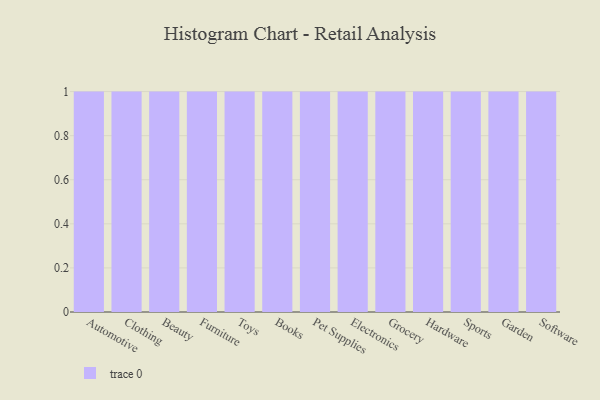
{"axis": {"x": "Category", "y": "Humidity (%)"}, "legend": [""], "data": [{"x": "Automotive", "y": 23, "type": ""}, {"x": "Clothing", "y": 10, "type": ""}, {"x": "Beauty", "y": 17, "type": ""}, {"x": "Furniture", "y": 12, "type": ""}, {"x": "Toys", "y": 66, "type": ""}, {"x": "Books", "y": 76, "type": ""}, {"x": "Pet Supplies", "y": 4, "type": ""}, {"x": "Electronics", "y": 55, "type": ""}, {"x": "Grocery", "y": 40, "type": ""}, {"x": "Hardware", "y": 72, "type": ""}, {"x": "Sports", "y": 64, "type": ""}, {"x": "Garden", "y": 31, "type": ""}, {"x": "Software", "y": 68, "type": ""}]}